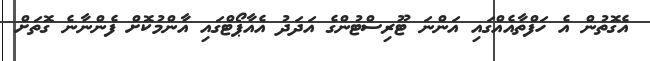
އެގޮތުން އެ ހަފްތާއެއްގައި އަންނަ ޓޫރިސްޓުންގެ އަދަދު އެއާޕޯޓްގައި އާންމުކޮށް ފެންނާނެ ގޮތަށް